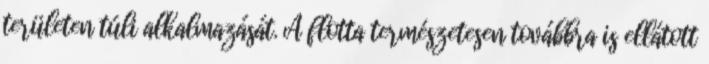
területen túli alkalmazását. A flotta természetesen továbbra is ellátott